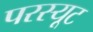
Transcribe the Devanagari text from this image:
परस्यूट